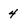
Character: 4